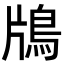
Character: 𬷃